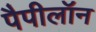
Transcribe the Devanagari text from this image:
पैपीलॉन